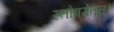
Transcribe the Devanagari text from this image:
स्तोत्रमेतत्।